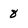
Character: 8